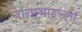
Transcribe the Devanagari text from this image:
नागाथाहल्ली